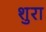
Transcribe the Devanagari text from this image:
शुरा